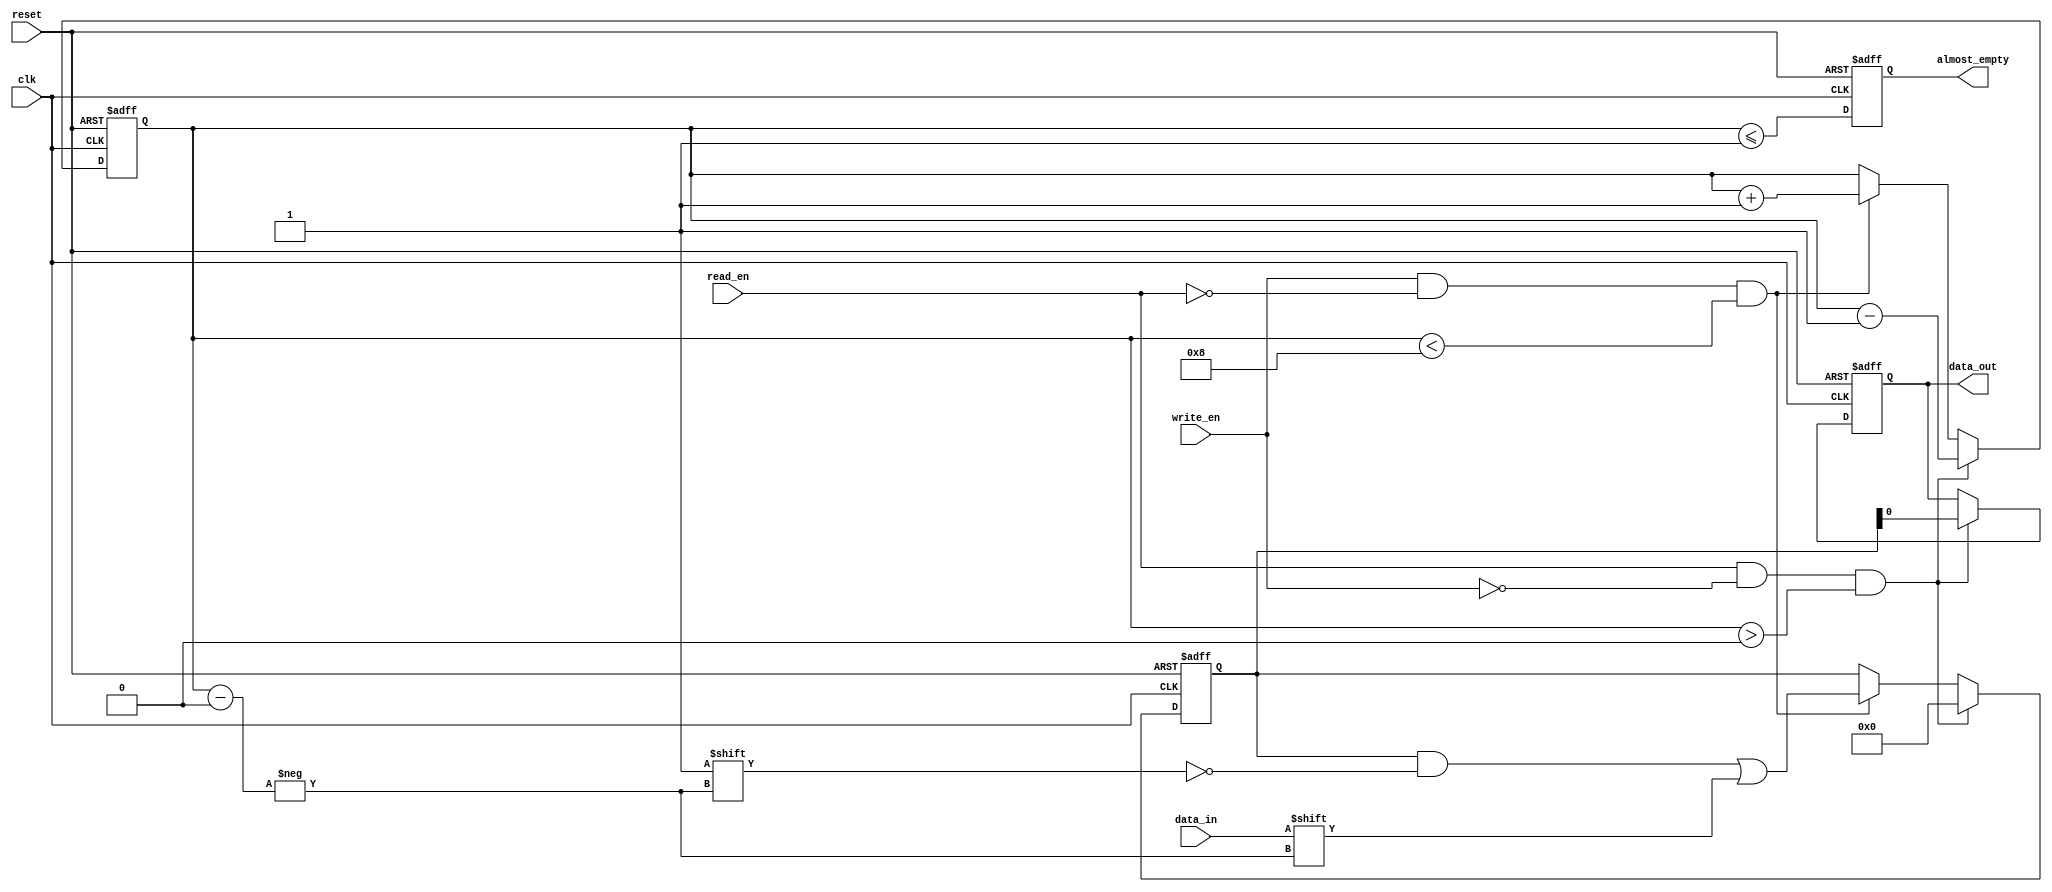
module Almost_Empty_FIFO (
    input wire clk,
    input wire reset,
    input wire data_in,
    input wire write_en,
    input wire read_en,
    output reg data_out,
    output reg almost_empty
);

parameter BUFFER_SIZE = 8; // Define buffer size

reg [BUFFER_SIZE-1:0] fifo_data; // FIFO buffer data storage
reg [BUFFER_SIZE-1:0] fifo_pointer; // FIFO buffer read/write pointer

always @ (posedge clk or posedge reset) begin
    if (reset) begin
        fifo_data <= 0;
        fifo_pointer <= 0;
        data_out <= 0;
        almost_empty <= 1;
    end else begin
        if (write_en && !read_en && (fifo_pointer < BUFFER_SIZE)) begin
            fifo_data[fifo_pointer] <= data_in;
            fifo_pointer <= fifo_pointer + 1;
        end
        if (read_en && !write_en && (fifo_pointer > 0)) begin
            data_out <= fifo_data[0];
            fifo_data <= {fifo_data[1:BUFFER_SIZE-1], BUFFER_SIZE'b0};
            fifo_pointer <= fifo_pointer - 1;
        end
        almost_empty <= (fifo_pointer <= 1);
    end
end

endmodule